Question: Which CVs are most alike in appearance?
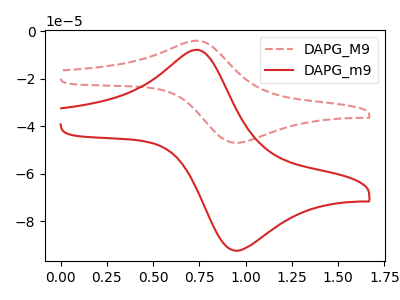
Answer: <think>The red dashed curve "DAPG_M9" has an anodic peak at (0.75V, -4.00uA) and a cathodic peak at (0.95V, -47.00uA). The red curve "DAPG_m9" has an anodic peak at (0.75V, -7.85uA) and a cathodic peak at (0.95V, -92.35uA).
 All the peaks in "DAPG_M9" have a peak in "DAPG_m9" at the same potential.</think>
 <answer>"DAPG_m9" and "DAPG_M9" have the same shape and are likely CV's of the same chemical.</answer>
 <eval>"DAPG_m9" "DAPG_M9"</eval>